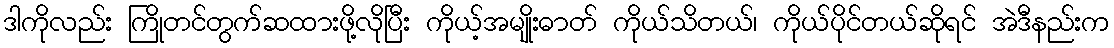
ဒါကိုလည်း ကြိုတင်တွက်ဆထားဖို့လိုပြီး ကိုယ့်အမျိုးဓာတ် ကိုယ်သိတယ်၊ ကိုယ်ပိုင်တယ်ဆိုရင် အဲဒီနည်းက